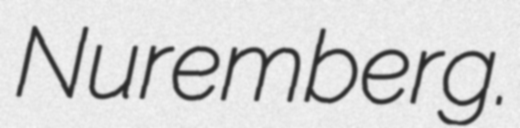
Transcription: Nuremberg.